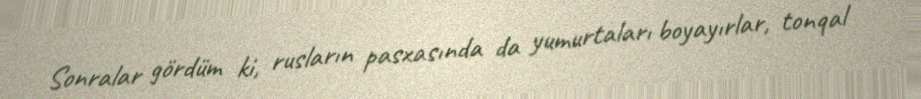
Sonralar gördüm ki, rusların pasxasında da yumurtaları boyayırlar, tonqal